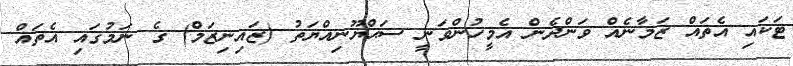
ޓަކައި އެތައް ޒަމާނެއް ވަންދެން އެމީހުންވަނީ ސަޙްޔޫނިއްޔަތު (ޒައިނިޒަމް) ގެ ނަމުގައި އެތައް